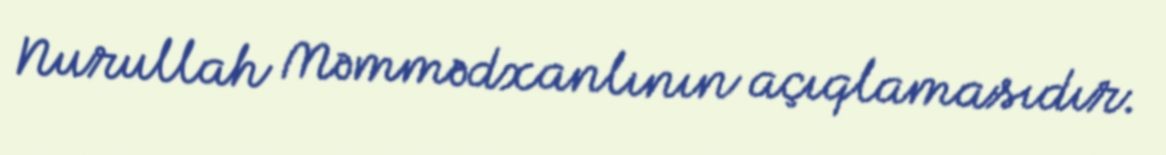
Nurullah Məmmədxanlının açıqlamasıdır.